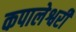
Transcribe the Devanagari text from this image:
कपालेश्वरी